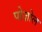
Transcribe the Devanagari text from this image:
पोज़ोल